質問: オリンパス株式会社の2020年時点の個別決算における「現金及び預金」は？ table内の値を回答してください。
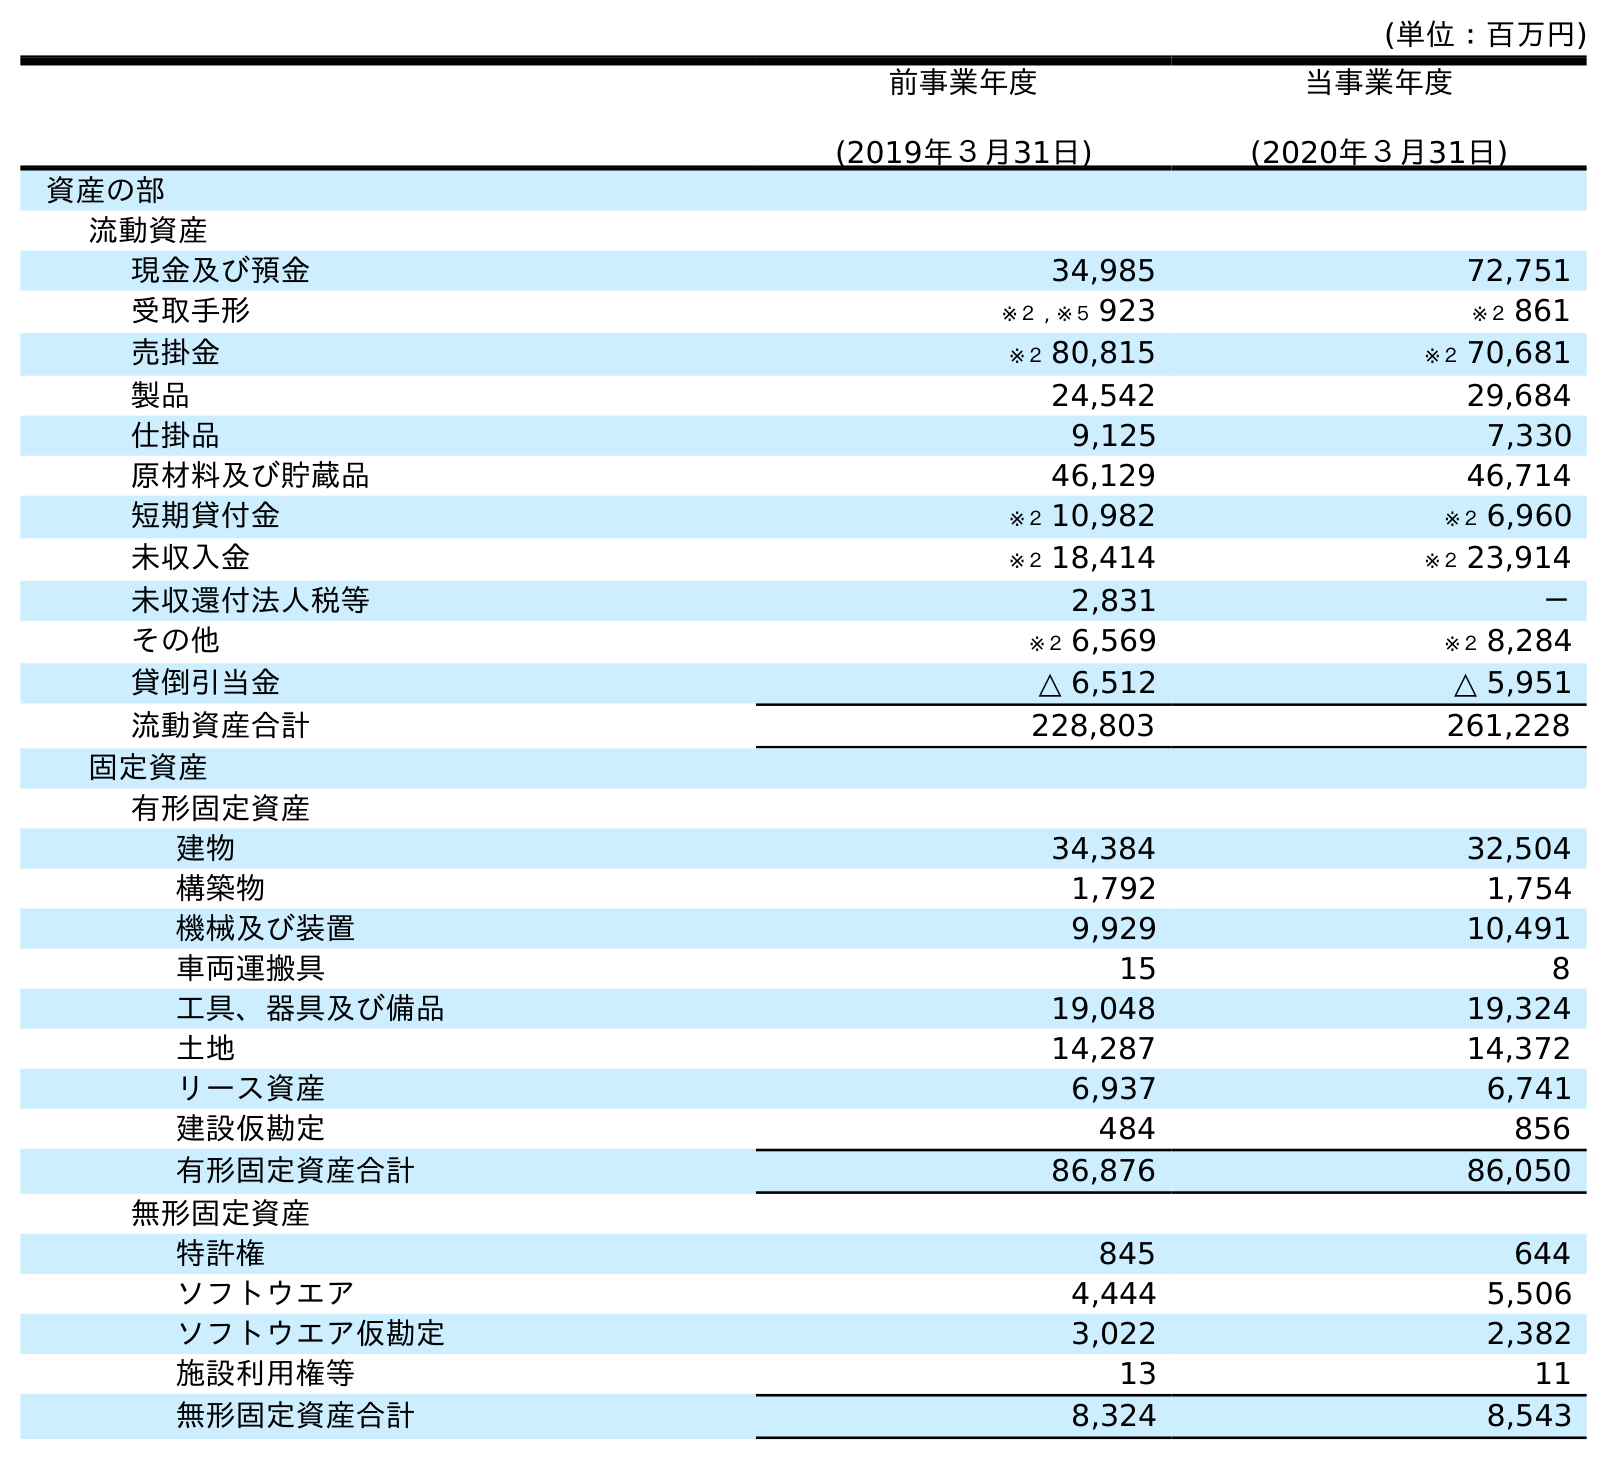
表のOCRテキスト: (単位：百万円) 前事業年度 (2019年３月31日) 当事業年度 (2020年３月31日) 資産の部 流動資産 現金及び預金 34,985 72,751 受取手形 ※２ , ※５ 923 ※２ 861 売掛金 ※２ 80,815 ※２ 70,681 製品 24,542 29,684 仕掛品 9,125 7,330 原材料及び貯蔵品 46,129 46,714 短期貸付金 ※２ 10,982 ※２ 6,960 未収入金 ※２ 18,414 ※２ 23,914 未収還付法人税等 2,831 － その他 ※２ 6,569 ※２ 8,284 貸倒引当金 △ 6,512 △ 5,951 流動資産合計 228,803 261,228 固定資産 有形固定資産 建物 34,384 32,504 構築物 1,792 1,754 機械及び装置 9,929 10,491 車両運搬具 15 8 工具、器具及び備品 19,048 19,324 土地 14,287 14,372 リース資産 6,937 6,741 建設仮勘定 484 856 有形固定資産合計 86,876 86,050 無形固定資産 特許権 845 644 ソフトウエア 4,444 5,506 ソフトウエア仮勘定 3,022 2,382 施設利用権等 13 11 無形固定資産合計 8,324 8,543
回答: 72,751